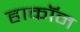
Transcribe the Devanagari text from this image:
हाकॉन